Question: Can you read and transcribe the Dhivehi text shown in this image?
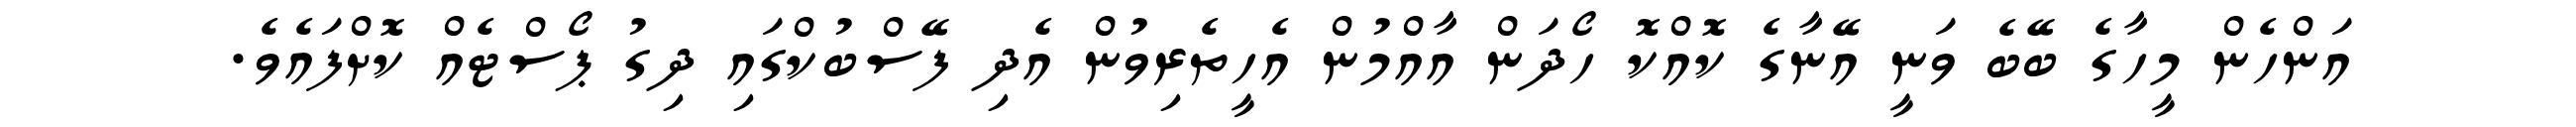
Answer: އަންހެން މީހާގެ ބޭބެ ވަނީ އޭނާގެ ކޮއްކޮ ހޯދަން އާއްމުން އެހީތެރިވުން އެދި ފޭސްބުކްގައި ދިގު ޕޯސްޓެއް ކޮށްފައެވެ.